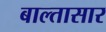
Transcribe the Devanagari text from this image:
बाल्तासार